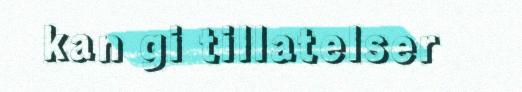
kan gi tillatelser